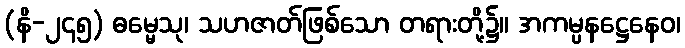
(နိ-၂၄၅) ဓမ္မေသု၊ သဟဇာတ်ဖြစ်သော တရားတို့၌။ အကမ္ပနဋ္ဌေနေဝ၊